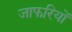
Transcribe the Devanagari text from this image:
जाफरियों